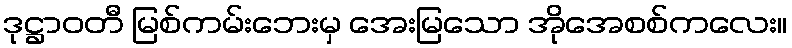
ဒုဋ္ဌာဝတီ မြစ်ကမ်းဘေးမှ အေးမြသော အိုအေစစ်ကလေး။